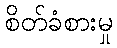
စိတ်ခံစားမှု